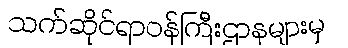
သက်ဆိုင်ရာဝန်ကြီးဌာနများမှ